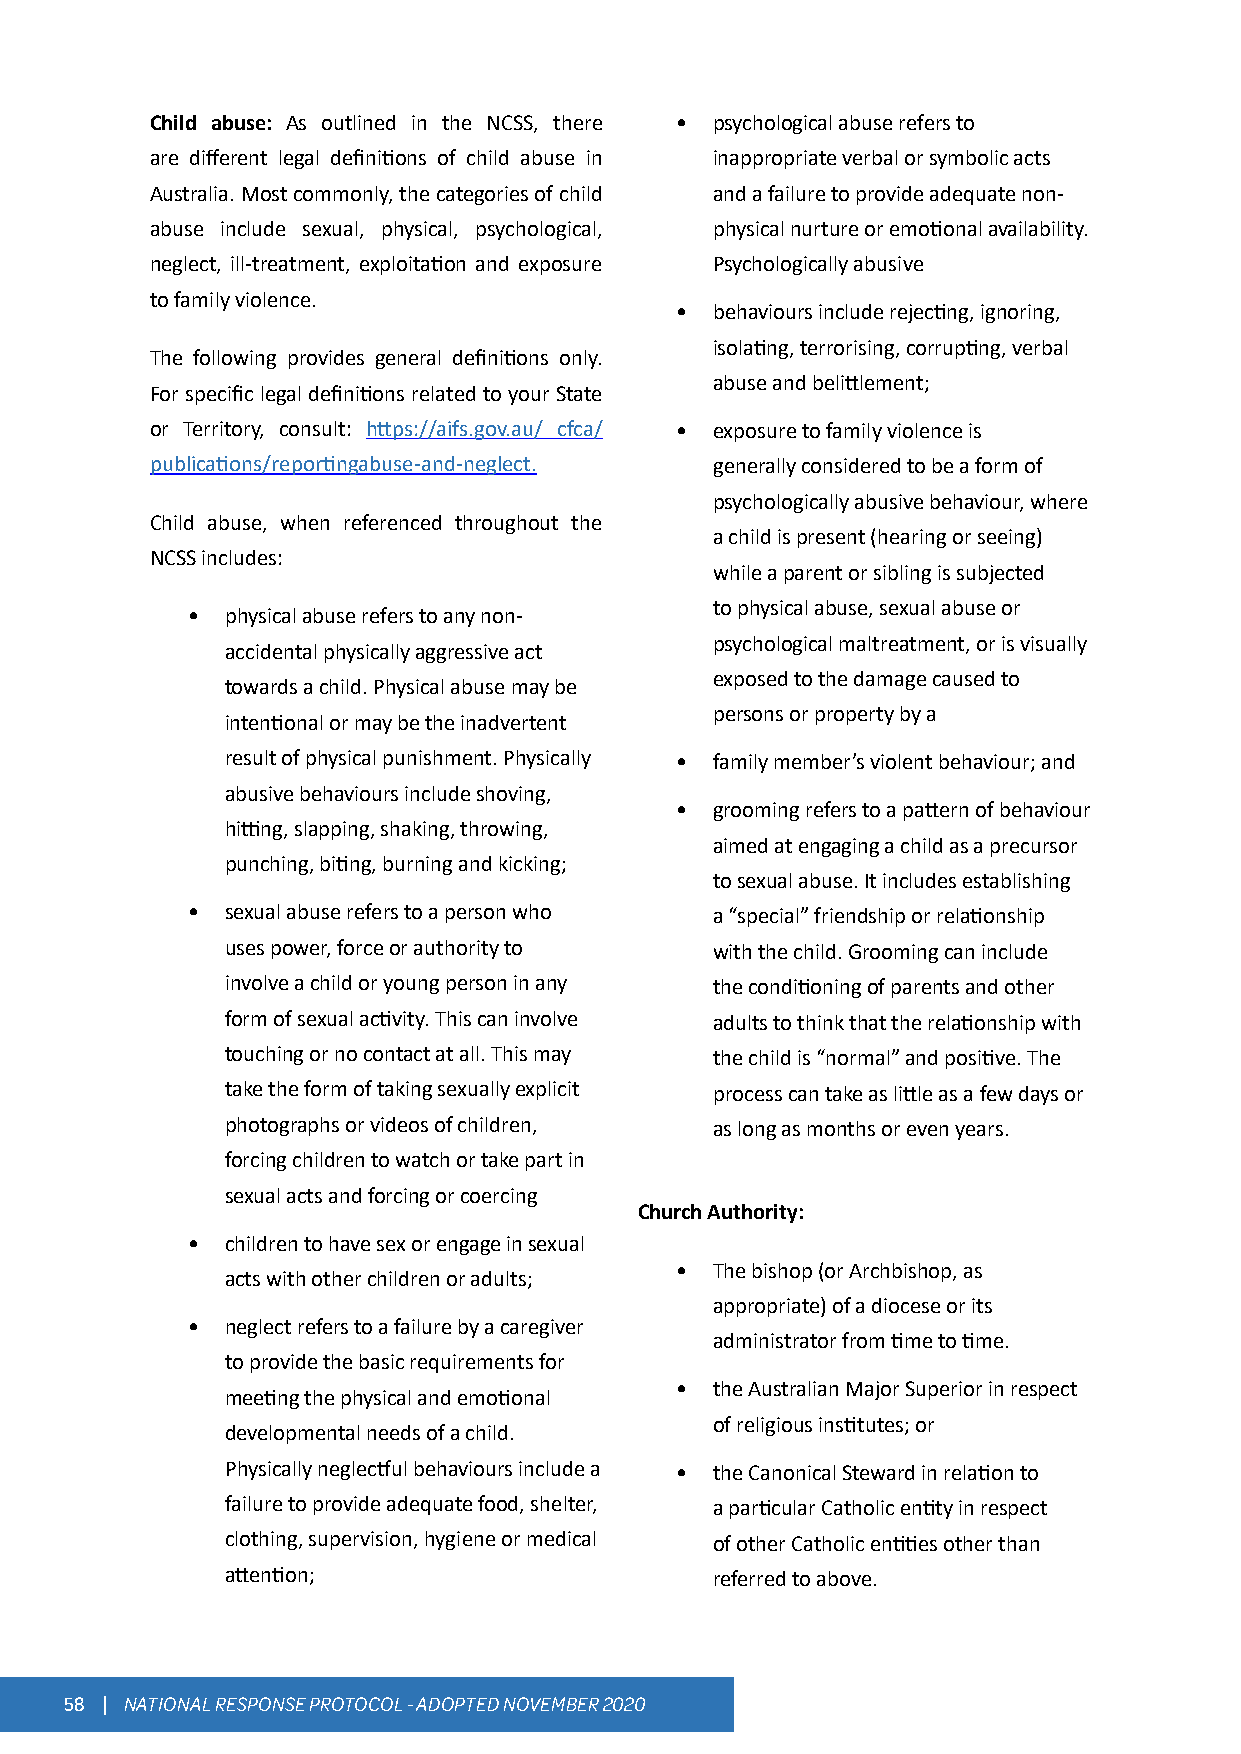
Child abuse: As outlined in the NCSS, there • psychological abuse refers to
 are different legal definitions of child abuse in inappropriate verbal or symbolic acts
 Australia. Most commonly, the categories of child and a failure to provide adequate non-
 abuse include sexual, physical, psychological, physical nurture or emotional availability.
 neglect, ill-treatment, exploitation and exposure Psychologically abusive
 to family violence.
 • behaviours include rejecting, ignoring,
 isolating, terrorising, corrupting, verbal
 The following provides general definitions only.
 abuse and belittlement;
 For specific legal definitions related to your State
 or Territory, consult: https://aifs.gov.au/ cfca/ • exposure to family violence is
 publications/reportingabuse-and-neglect. generally considered to be a form of
 psychologically abusive behaviour, where
 Child abuse, when referenced throughout the
 a child is present (hearing or seeing)
 NCSS includes:
 while a parent or sibling is subjected
 to physical abuse, sexual abuse or
 •  physical abuse refers to any non-
 psychological maltreatment, or is visually
 accidental physically aggressive act
 exposed to the damage caused to
 towards a child. Physical abuse may be
 persons or property by a
 intentional or may be the inadvertent
 result of physical punishment. Physically • family member’s violent behaviour; and
 abusive behaviours include shoving,
 • grooming refers to a pattern of behaviour
 hitting, slapping, shaking, throwing,
 aimed at engaging a child as a precursor
 punching, biting, burning and kicking;
 to sexual abuse. It includes establishing
 •  sexual abuse refers to a person who a “special” friendship or relationship
 uses power, force or authority to with the child. Grooming can include
 involve a child or young person in any the conditioning of parents and other
 form of sexual activity. This can involve adults to think that the relationship with
 touching or no contact at all. This may the child is “normal” and positive. The
 take the form of taking sexually explicit process can take as little as a few days or
 photographs or videos of children, as long as months or even years.
 forcing children to watch or take part in
 sexual acts and forcing or coercing
 Church Authority:
 •  children to have sex or engage in sexual
 • The bishop (or Archbishop, as
 acts with other children or adults;
 appropriate) of a diocese or its
 •  neglect refers to a failure by a caregiver
 administrator from time to time.
 to provide the basic requirements for
 • the Australian Major Superior in respect
 meeting the physical and emotional
 of religious institutes; or
 developmental needs of a child.
 Physically neglectful behaviours include a • the Canonical Steward in relation to
 failure to provide adequate food, shelter, a particular Catholic entity in respect
 clothing, supervision, hygiene or medical of other Catholic entities other than
 attention;                      referred to above.
 58 | NATIONAL RESPONSE PROTOCOL - ADOPTED NOVEMBER 2020